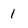
Character: l